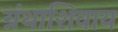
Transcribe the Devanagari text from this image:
ग्रंथाशिवाय